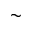
\sim